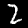
Digit: 2